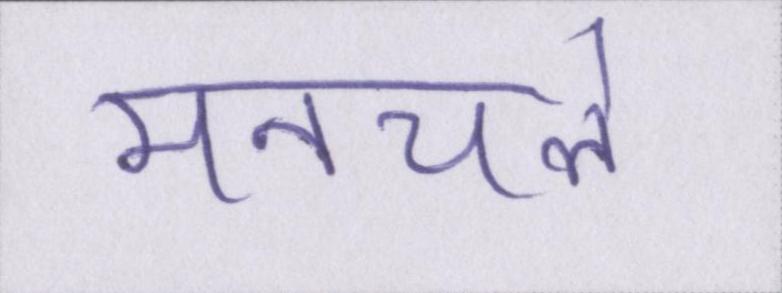
मनचले